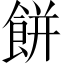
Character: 餅